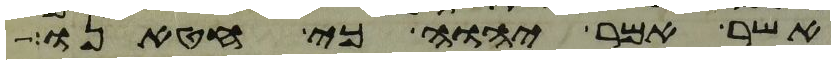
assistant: אשר אמר יהוה כי חטאנו